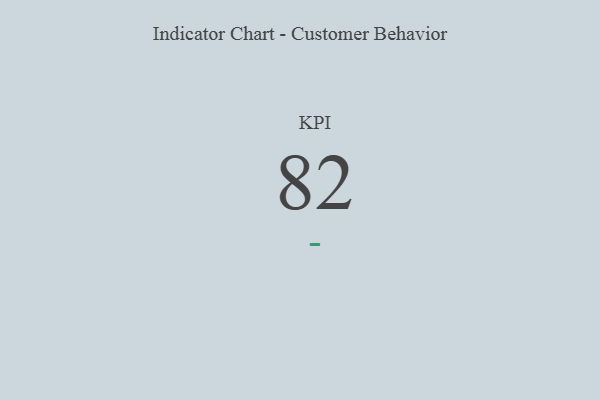
{"axis": {"x": "KPI", "y": "Value"}, "legend": [""], "data": [{"x": "KPI", "y": 82, "type": ""}]}